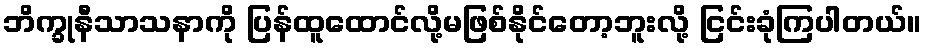
ဘိက္ခုနီသာသနာကို ပြန်ထူထောင်လို့မဖြစ်နိုင်တော့ဘူးလို့ ငြင်းခုံကြပါတယ်။